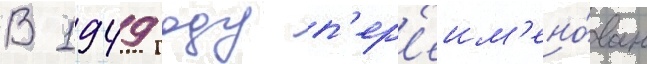
В 1949 году п'ер'еим'ено́ван